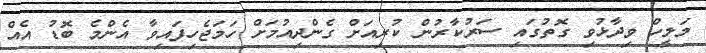
މަލީހް ވިދާޅުވި ގޮތުގައި ސަރުކާރުން ކުރިއަށް ގެންދިއުމަށް ހަމަޖެހިފައިވާ އެންމެ ބޮޑު އެއް